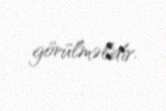
görülməlidir.